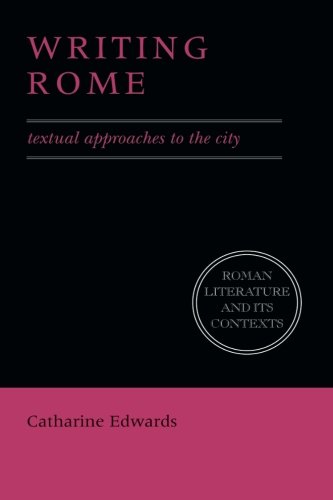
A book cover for Writing Rome: Textual Approaches to the City (Roman Literature and its Contexts); Catharine Edwards; Literature & Fiction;